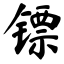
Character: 镖